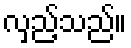
လှည့်သည်။